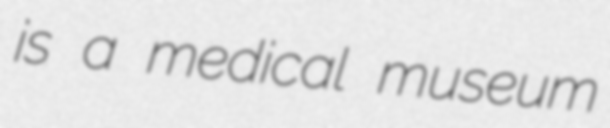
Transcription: is a medical museum